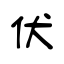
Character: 伏